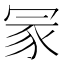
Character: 冡